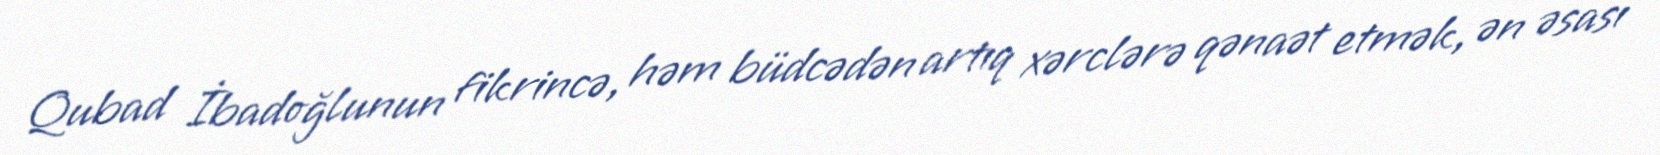
Qubad İbadoğlunun fikrincə, həm büdcədən artıq xərclərə qənaət etmək, ən əsası